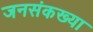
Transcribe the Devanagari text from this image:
जनसंकख्या